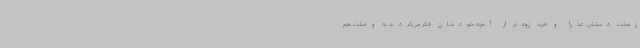
زمخت دستش. عذرا و فرید زودتر از آنچه خودشان فکر می‌کردند به وصلت هم